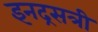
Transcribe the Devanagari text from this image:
इनद्रसत्री